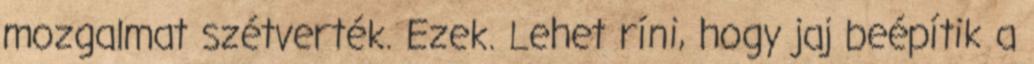
mozgalmat szétverték. Ezek. Lehet ríni, hogy jaj beépítik a